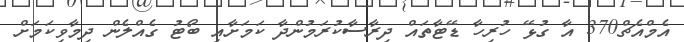
އެމްއެޗް370 އާ ގުޅޭ ހުރިހާ ޑޭޓާތައް ދިރާސާކުރަމުންދާ ކަމަށާއި ބޯޓު ގެއްލެން ދިމާވިކަމަށް